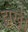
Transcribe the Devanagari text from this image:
झखैं।